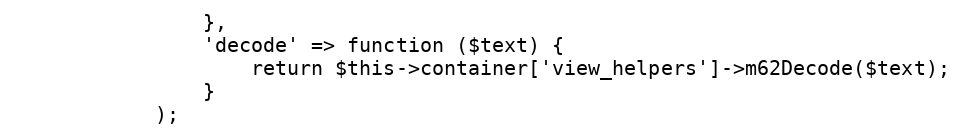
Language: PHP
                },
                'decode' => function ($text) {
                    return $this->container['view_helpers']->m62Decode($text);
                }
            );